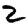
Digit: 2